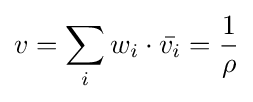
v=\sum _{i}w_{i}\cdot {\bar {v_{i}}}={\frac {1}{\rho }}